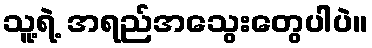
သူ့ရဲ့ အရည်အသွေးတွေပါပဲ။